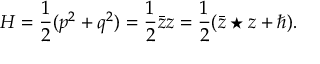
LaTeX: H = \frac { 1 } { 2 } ( p ^ { 2 } + q ^ { 2 } ) = \frac { 1 } { 2 } { \bar { z } } z = \frac { 1 } { 2 } ( { \bar { z } } \star z + \hbar ) .